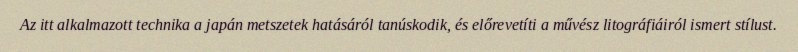
Az itt alkalmazott technika a japán metszetek hatásáról tanúskodik, és előrevetíti a művész litográfiáiról ismert stílust.